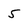
Character: 5